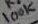
Text: 100K